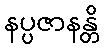
နပ္ပဇာနန္တိ